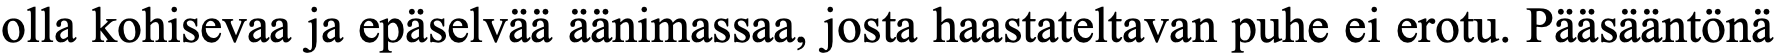
olla kohisevaa ja epäselvää äänimassaa, josta haastateltavan puhe ei erotu. Pääsääntönä